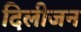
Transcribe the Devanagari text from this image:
दिलीजन